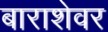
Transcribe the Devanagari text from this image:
बाराशेवर